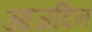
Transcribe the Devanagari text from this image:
आजदिन